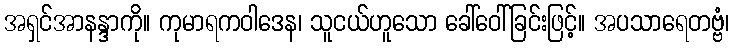
အရှင်အာနန္ဒာကို။ ကုမာရကဝါဒေန၊ သူငယ်ဟူသော ခေါ်ဝေါ်ခြင်းဖြင့်။ အပသာရေတဗ္ဗံ၊